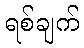
ရစ်ချက်